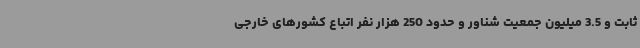
ثابت و 3.5 میلیون جمعیت شناور و حدود 250 هزار نفر اتباع کشورهای خارجی